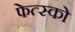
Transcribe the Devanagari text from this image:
फेत्स्को